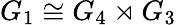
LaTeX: G_{1}\cong G_{4}\rtimes G_{3}